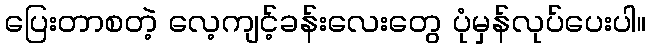
ပြေးတာစတဲ့ လေ့ကျင့်ခန်းလေးတွေ ပုံမှန်လုပ်ပေးပါ။